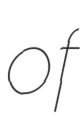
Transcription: of